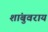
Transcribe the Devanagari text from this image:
शांबुवराय